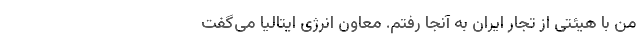
من با هیئتی از تجار ایران به آنجا رفتم. معاون انرژی ایتالیا می‌گفت